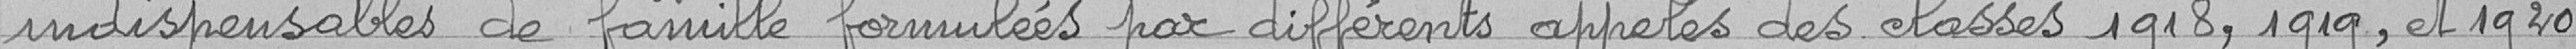
indispensables de famille formulées par différents appelés des classes 1918,1919 et 1920.